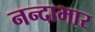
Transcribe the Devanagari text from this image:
नन्दाभार